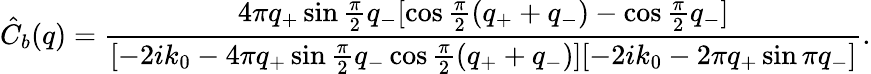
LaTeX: \hat{C}_{b}(q)=\frac{4\pi q_{+}\sin\frac\pi 2q_{-}[\cos\frac{\pi}{2}(q_{+}+q_{-})-\cos\frac{\pi}{2}q_{-}]}{[{-2ik_{0}-4\pi q_{+}\sin\frac\pi 2q_{-}\cos\frac{\pi}{2}(q_{+}+q_{-})}][{-2ik_{0}-2\pi q_{+}\sin\pi q_{-}}]}.